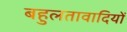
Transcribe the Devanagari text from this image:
बहुलतावादियों